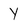
Character: Y